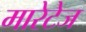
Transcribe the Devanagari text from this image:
मारेटेज